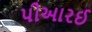
પીઆરઈ